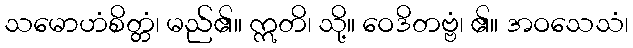
သမောဟံစိတ္တံ၊ မည်၏။ ဣတိ၊ သို့။ ဝေဒိတဗ္ဗံ၊ ၏။ အဝသေသံ၊